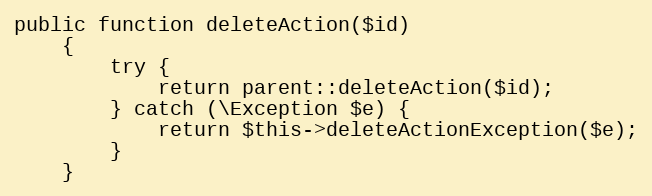
Language: PHP
public function deleteAction($id)
    {
        try {
            return parent::deleteAction($id);
        } catch (\Exception $e) {
            return $this->deleteActionException($e);
        }
    }